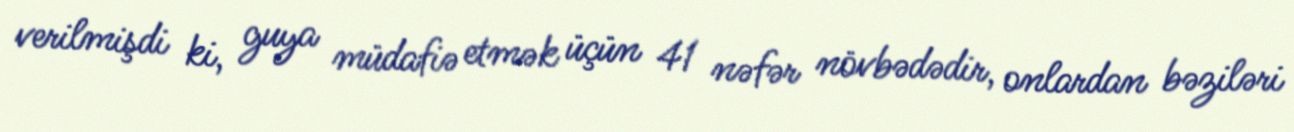
verilmişdi ki, guya müdafiə etmək üçün 41 nəfər növbədədir, onlardan bəziləri